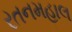
રતનમહાલ